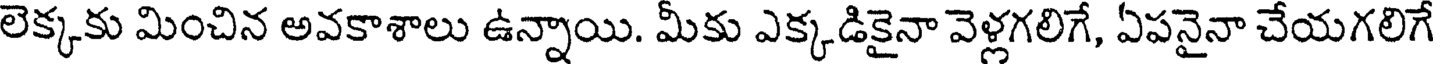
లెక్కకు మించిన అవకాశాలు ఉన్నాయి. మీకు ఎక్కడికైనా వెళ్లగలిగే, ఏపనైనా చేయగలిగే